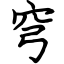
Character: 穹